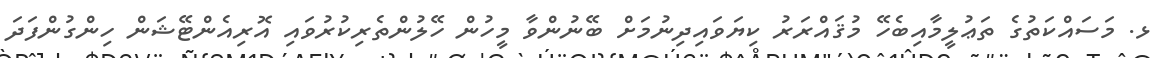
ޅ. މަސައްކަތުގެ ތަޢުލީމާއިބެހޭ މުޤައްރަރު ކިޔަވައިދިނުމަށް ބޭނުންވާ މީހުން ހޭލުންތެރިކުރުވައި އޮރިއެންޓޭޝަން ހިންގުންފަދަ